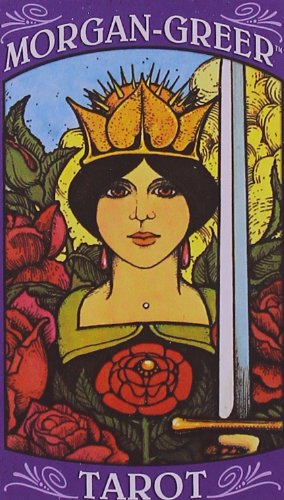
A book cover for Morgan Greer Tarot Deck English; Bill F. Greer; Religion & Spirituality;